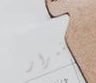
للاستمرار